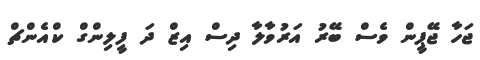
ޖަހާ ޖޭޕީން ވެސް ބޭރު އަރުވާލާ ދިސް އިޒް ދަ ފީލިންގް ކްއެންޗް